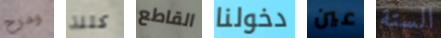
ومرح كتلة القاطع دخولنا عين الستة